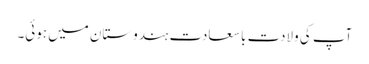
آپ کی ولادت با سعادت ہندوستان میں ہوئی۔